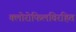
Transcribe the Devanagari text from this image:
क्लोरोफिलविरहित